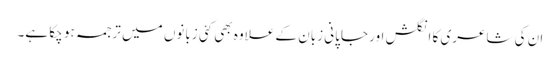
ان کی شاعری کا انگلش اور جاپانی زبان کے علاوہ بھی کئی زبانوں میں ترجمہ ہو چکا ہے۔